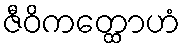
ဇီဝိကတ္ထောဟံ